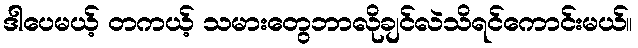
ဒါပေမယ့် တကယ့် သမားတွေဘာလိုချင်လဲသိရင်ကောင်းမယ်။